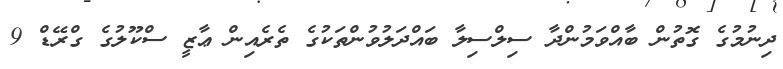
ދިނުމުގެ ގޮތުން ބާއްވަމުންދާ ސިލްސިލާ ބައްދަލުވުންތަކުގެ ތެރެއިން ޢާޒީ ސްކޫލުގެ ގްރޭޑް 9